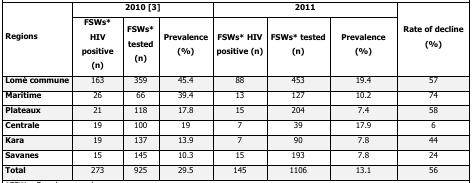
<table><thead><tr><td rowspan="2"><b>Regions</b></td><td colspan="3"><b>2010 [3]</b></td><td colspan="3"><b>2011</b></td><td rowspan="2"><b>Rate of decline (%)</b></td></tr><tr><td><b>FSWs* HIV positive (n)</b></td><td><b>FSWs* tested (n)</b></td><td><b>Prevalence (%)</b></td><td><b>FSWs* HIV positive (n)</b></td><td><b>FSWs* tested (n)</b></td><td><b>Prevalence (%)</b></td></tr></thead><tbody><tr><td>Lomé commune</td><td>163</td><td>359</td><td>45.4</td><td>88</td><td>453</td><td>19.4</td><td>57</td></tr><tr><td>Maritime</td><td>26</td><td>66</td><td>39.4</td><td>13</td><td>127</td><td>10.2</td><td>74</td></tr><tr><td>Plateaux</td><td>21</td><td>118</td><td>17.8</td><td>15</td><td>204</td><td>7.4</td><td>58</td></tr><tr><td>Centrale</td><td>19</td><td>100</td><td>19</td><td>7</td><td>39</td><td>17.9</td><td>6</td></tr><tr><td>Kara</td><td>19</td><td>137</td><td>13.9</td><td>7</td><td>90</td><td>7.8</td><td>44</td></tr><tr><td>Savanes</td><td>15</td><td>145</td><td>10.3</td><td>15</td><td>193</td><td>7.8</td><td>24</td></tr><tr><td>Total</td><td>273</td><td>925</td><td>29.5</td><td>145</td><td>1106</td><td>13.1</td><td>56</td></tr></tbody></table>